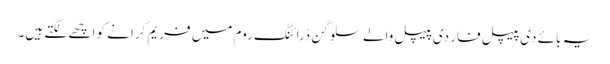
یہ بائے دی پیپل فار دی پیپل والے سلوگن ڈرائنگ روم میں فریم کرانے کو اچھے لگتے ہیں۔